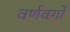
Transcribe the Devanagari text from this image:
वर्णवर्गों